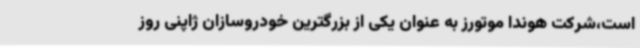
است،شرکت هوندا موتورز به عنوان یکی از بزرگترین خودروسازان ژاپنی روز